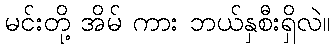
မင်းတို့ အိမ် ကား ဘယ်နှစီးရှိလဲ။